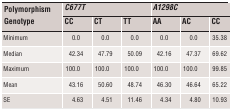
<table><thead><tr><td><b>Polymorphism</b></td><td colspan="3"><b><i>C677T</i></b></td><td colspan="3"><b><i>A1298C</i></b></td></tr><tr><td><b>Genotype</b></td><td><b>CC</b></td><td><b>CT</b></td><td><b>TT</b></td><td><b>AA</b></td><td><b>AC</b></td><td><b>CC</b></td></tr></thead><tbody><tr><td>Minimum</td><td>0.0</td><td>0.0</td><td>0.0</td><td>0.0</td><td>0.0</td><td>35.38</td></tr><tr><td>Median</td><td>42.34</td><td>47.79</td><td>50.09</td><td>42.16</td><td>47.37</td><td>69.62</td></tr><tr><td>Maximum</td><td>100.0</td><td>100.0</td><td>100.0</td><td>100.0</td><td>100.0</td><td>99.85</td></tr><tr><td>Mean</td><td>43.16</td><td>50.60</td><td>48.74</td><td>46.30</td><td>46.64</td><td>65.22</td></tr><tr><td>SE</td><td>4.63</td><td>4.51</td><td>11.46</td><td>4.34</td><td>4.80</td><td>10.93</td></tr></tbody></table>